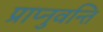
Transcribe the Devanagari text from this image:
प्राप्नुवन्ति